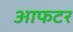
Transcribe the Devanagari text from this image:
आफटर